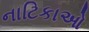
નાટિકાઓ